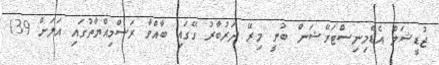
ޖުޑީޝަލް އެޑްމިނިސްޓަރޭޝަން ބުނީ މިރޭ ދަރުބާރު ގޭގައި ބާއްވާ ރަސްމިއްޔާތުގައި އަލަށް 139